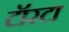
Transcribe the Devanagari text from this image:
टॉरटा